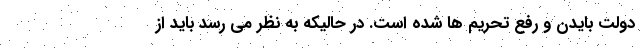
دولت بایدن و رفع تحریم ها شده است. در حالیکه به نظر می رسد باید از